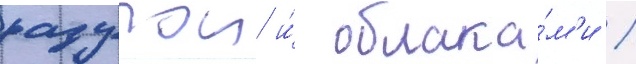
радугои и́ облака́м'и /